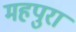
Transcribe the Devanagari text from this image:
महपुरा